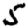
Digit: 5